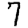
Digit: 7